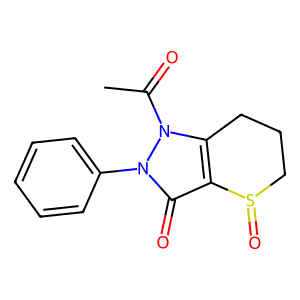
SMILES: CC(=O)n1c2c(c(=O)n1-c1ccccc1)S(=O)CCC2
Inhibits HIV replication: No